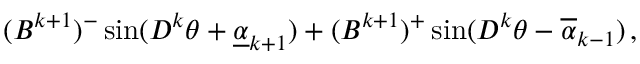
\begin{array} { r } { ( B ^ { k + 1 } ) ^ { - } \sin ( D ^ { k } \theta + \underline { { \alpha } } _ { k + 1 } ) + ( B ^ { k + 1 } ) ^ { + } \sin ( D ^ { k } \theta - \overline { { \alpha } } _ { k - 1 } ) \, , } \end{array}